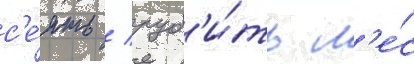
с'е́ять / руб'и́ть л'е́с